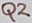
Text: Q2